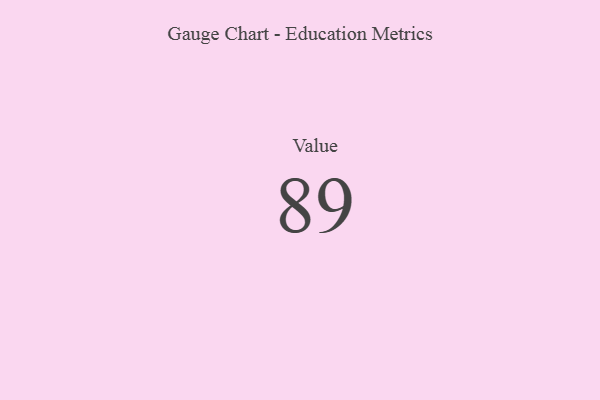
{"axis": {"x": "Metric", "y": "Value"}, "legend": [""], "data": [{"x": "Value", "y": 89, "type": ""}]}